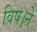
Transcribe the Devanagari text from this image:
विष।ने